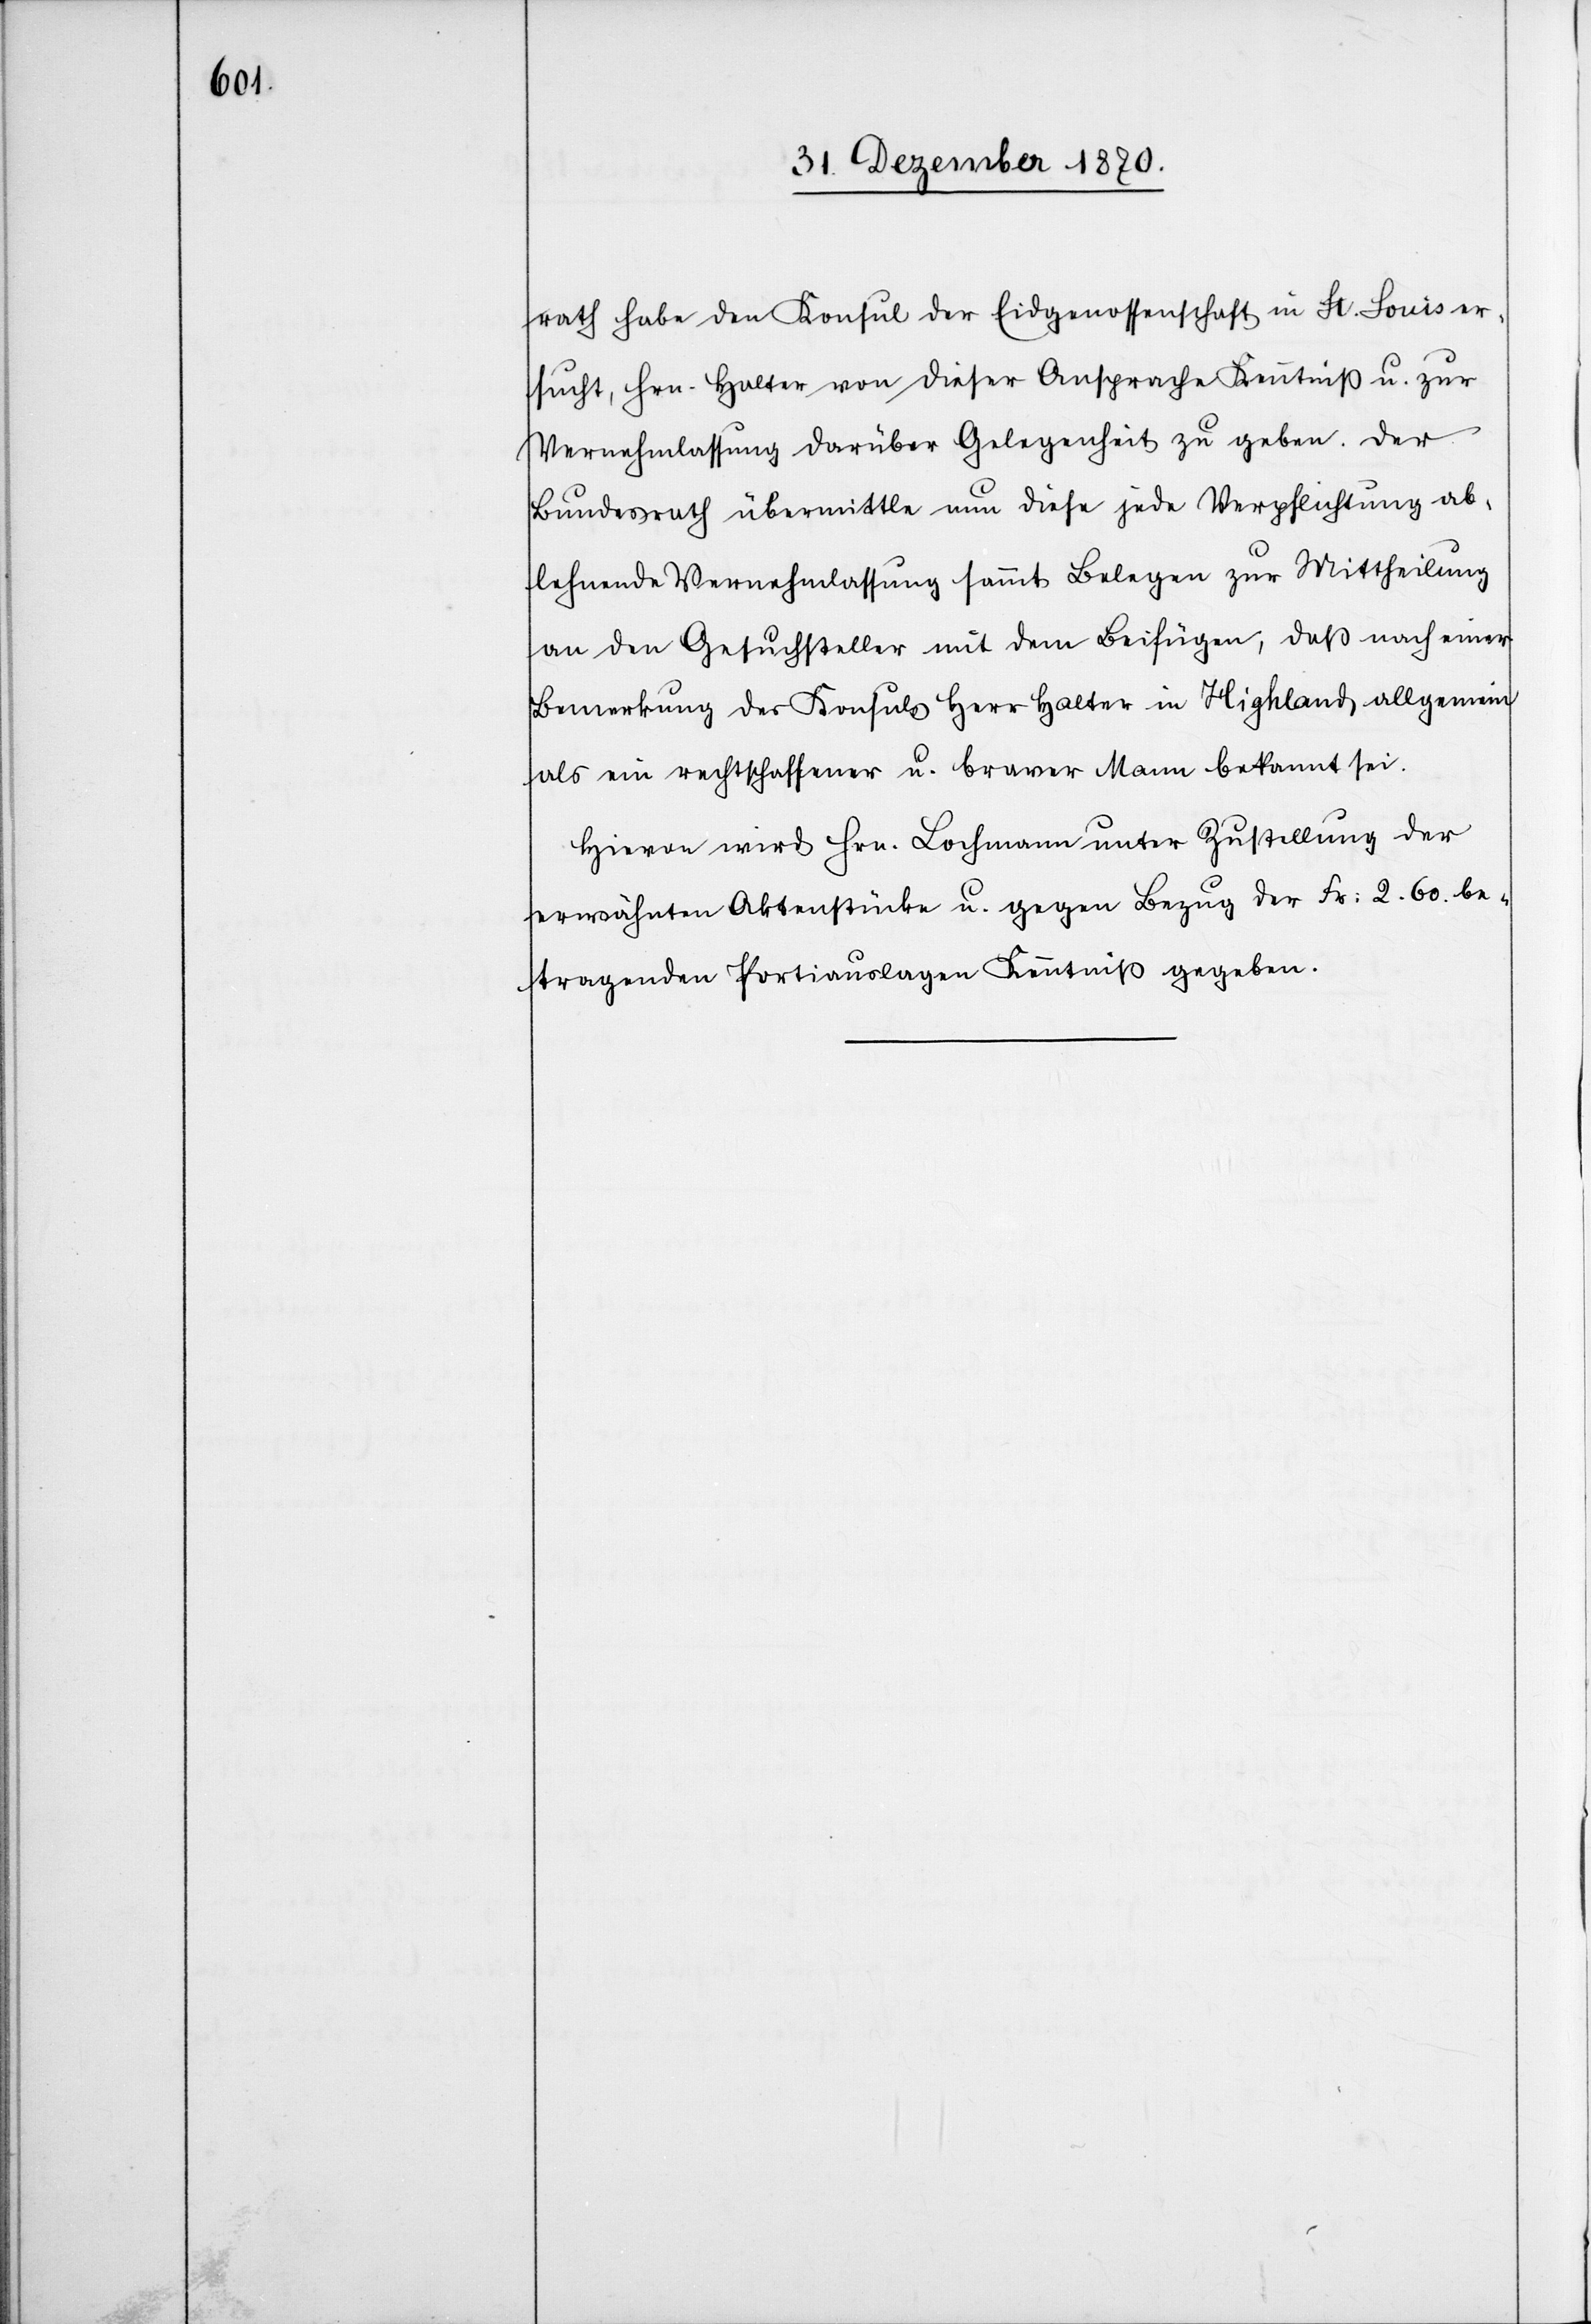
rath habe den Konsul der Eidgenossenschaft in St. Louis er¬
sucht, Hrn. Halter von dieser Ansprache Kenntniß u. zur
Vernehmlassung darüber Gelegenheit zu geben. Der
Bundesrath übermittle nun diese jede Verpflichtung ab¬
lehnende Vernehmlassung sammt Belegen zur Mittheilung
an den Gesuchsteller mit dem Beifügen, daß nach einer
Bemerkung des Konsuls Herr Halter in Highland allgemein
als ein rechtschaffener u. braver Mann bekannt sei.
Hievon wird Hrn. Lochmann unter Zustellung der
erwähnten Aktenstücke u. gegen Bezug der Fr: 2.60 be¬
tragenden Portiauslagen Kenntniß gegeben.